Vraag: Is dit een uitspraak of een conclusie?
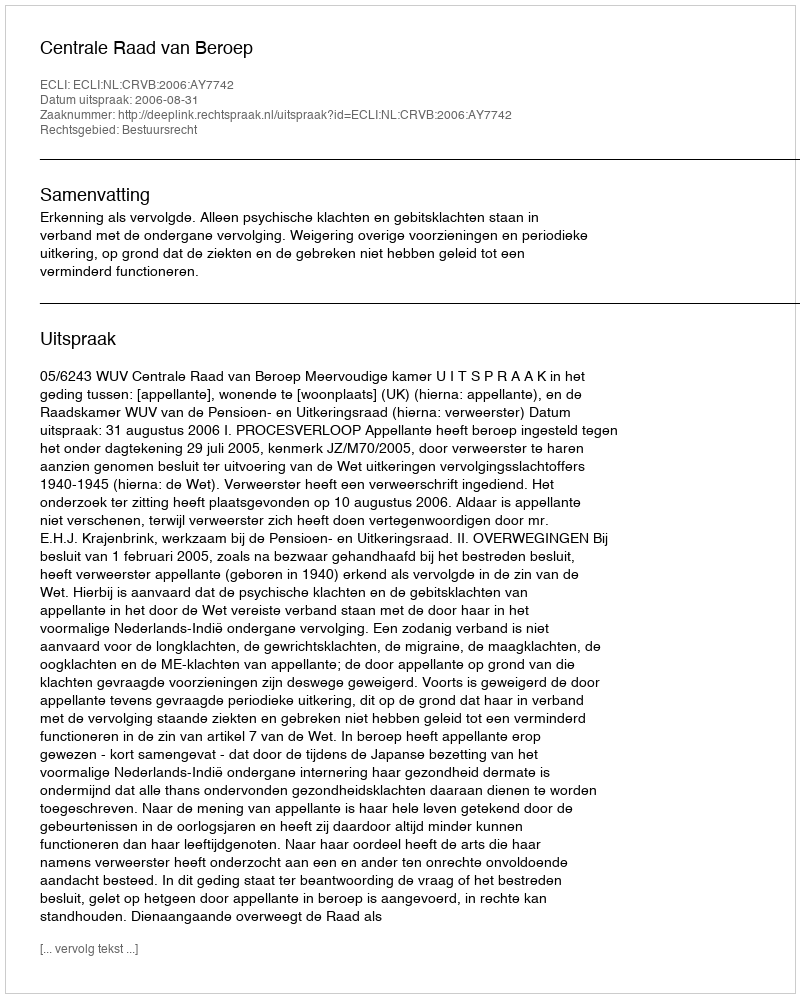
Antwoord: Uitspraak